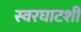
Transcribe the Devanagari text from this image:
स्वरघाटशी